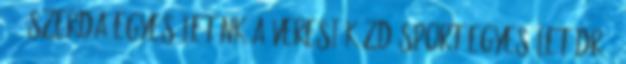
14. SZERDA Egyesületünk a Veresi Küzdősport Egyesület Dr .